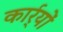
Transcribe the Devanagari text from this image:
कार्र्यों